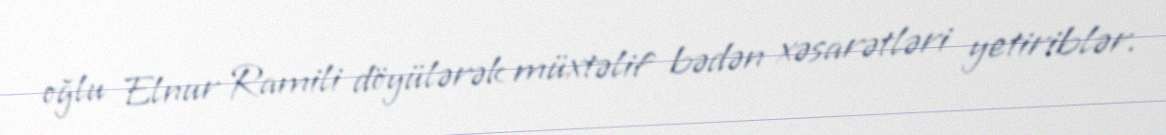
oğlu Elnur Ramili döyülərək müxtəlif bədən xəsarətləri yetiriblər.